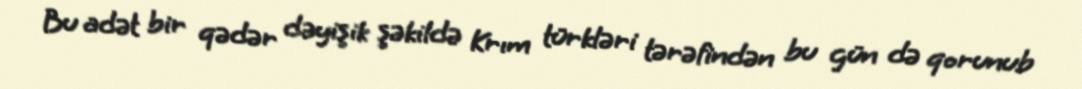
Bu adət bir qədər dəyişik şəkildə Krım türkləri tərəfindən bu gün də qorunub